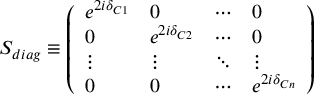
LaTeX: S _ { d i a g } \equiv \left( \begin{array} { l l l l } { { e ^ { 2 i \delta _ { C 1 } } } } & { { 0 } } & { { \cdots } } & { { 0 } } \\ { { 0 } } & { { e ^ { 2 i \delta _ { C 2 } } } } & { { \cdots } } & { { 0 } } \\ { { \vdots } } & { { \vdots } } & { { \ddots } } & { { \vdots } } \\ { { 0 } } & { { 0 } } & { { \cdots } } & { { e ^ { 2 i \delta _ { C n } } } } \end{array} \right)